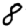
Digit: 8